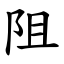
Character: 阻